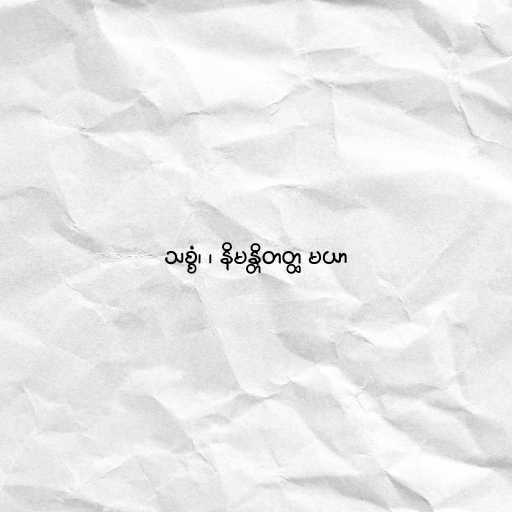
သစ္စံ၊ ၊ နိမန္တိတတ္ထ မယာ